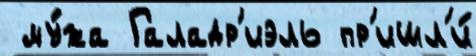
 му́жа Галадр'иэль пр'ишл'и́